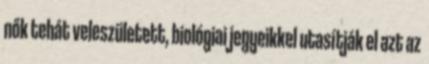
nők tehát veleszületett, biológiai jegyeikkel utasítják el azt az